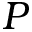
P